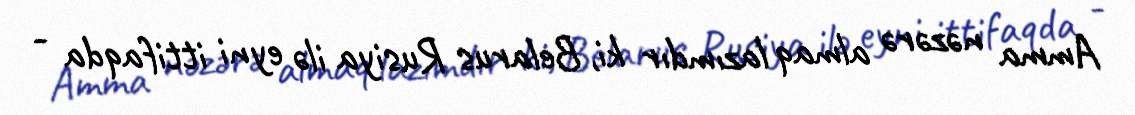
Amma nəzərə almaq lazımdır ki, Belarus Rusiya ilə eyni ittifaqda -